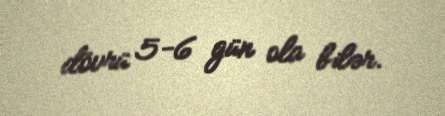
dövrü 5-6 gün ola bilər.